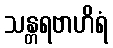
သန္တရဗာဟိရံ